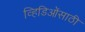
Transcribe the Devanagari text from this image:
व्हिडिओंसाठी